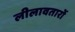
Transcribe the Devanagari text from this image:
लीलावतारों